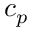
c _ { p }